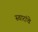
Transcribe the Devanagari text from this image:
स्वारांचे